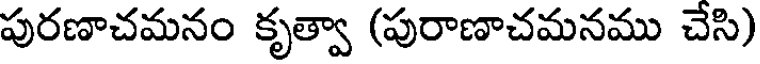
పురణాచమనం కృత్వా (పురాణాచమనము చేసి)